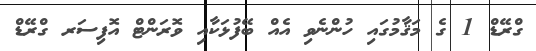
ގްރޭޑް 1 ގެ މަޤާމުގައި ހުންނެވި އެއް ބޭފުޅަކާއި ވޮރަންޓް އޮފިސަރ ގްރޭޑް